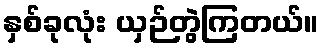
နှစ်ခုလုံး ယှဉ်တွဲကြတယ်။